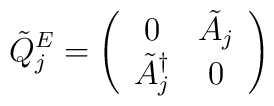
\tilde Q_j^E=\left(\begin{array}{cc}	0&\tilde A_j\\	\tilde A_j^\dagger&0\end{array}\right)